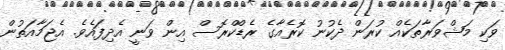
ވަކި މަޝްވަރާތަކެއް ކުރަން ދެކުނު ކޮރެއާގެ ރެޑްކްރޮސް އިން ވަނީ އެދިފައެވެ. އެޖަމާއަތުން